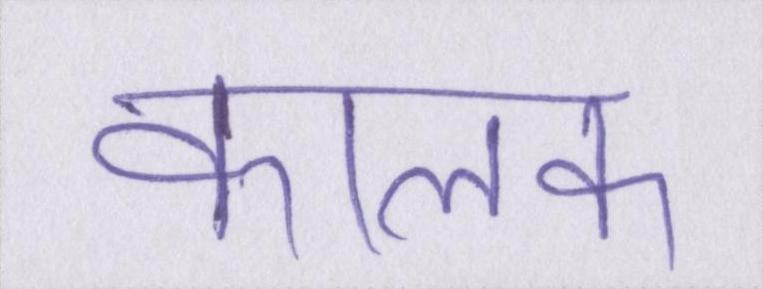
कालम